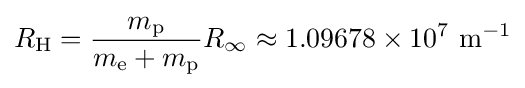
R_{\text{H}}={\frac {m_{\text{p}}}{m_{\text{e}}+m_{\text{p}}}}R_{\infty }\approx 1.09678\times 10^{7}{\text{ m}}^{-1}